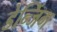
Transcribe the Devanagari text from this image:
डेन्जिंग